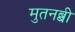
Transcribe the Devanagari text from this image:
मुतनब्बी